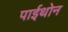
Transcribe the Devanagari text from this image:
पाईथोन